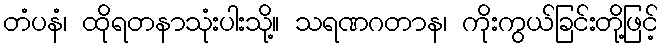
တံပနံ၊ ထိုရတနာသုံးပါးသို့။ သရဏဂတာန၊ ကိုးကွယ်ခြင်းတို့ဖြင့်